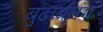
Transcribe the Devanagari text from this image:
बुढाबलंग